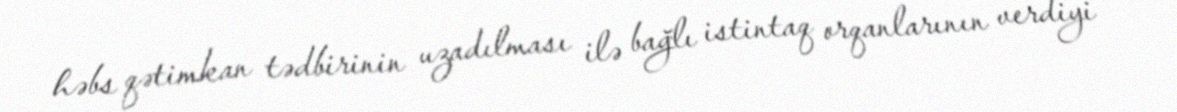
həbs qətimkan tədbirinin uzadılması ilə bağlı istintaq orqanlarının verdiyi